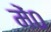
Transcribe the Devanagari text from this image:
में०